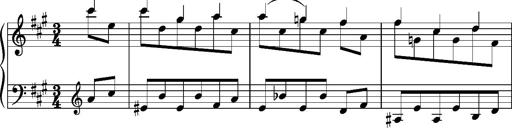
Title: Album-Leaf 'Molique'
Composer: Franz Liszt
Key: A major